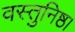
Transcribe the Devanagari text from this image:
वस्तुनिष्ठ।